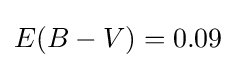
E(B-V)=0.09